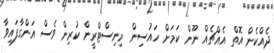
ދެއްކެން އޮތް އެއްޗެއް ނޫން ކަމަށް ހައުސިން މިނިސްޓްރީން ކުރިން ވެސް އަންގާފައިވާ